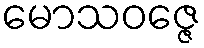
မောသဝဇ္ဇေ